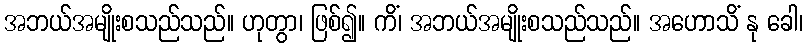
အဘယ်အမျိုးစသည်သည်။ ဟုတွာ၊ ဖြစ်၍။ ကိံ၊ အဘယ်အမျိုးစသည်သည်။ အဟောသိံ နု ခေါ၊